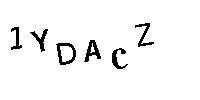
1YDACZ